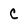
Character: C